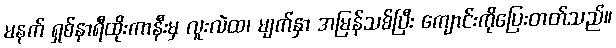
မနက် ရှစ်နာရီထိုးကာနီးမှ လူးလဲထ၊ မျက်နှာ အမြန်သစ်ပြီး ကျောင်းကိုပြေးတတ်သည်။